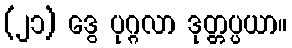
(၂၁) ဒွေ ပုဂ္ဂလာ ဒုတ္တပ္ပယာ။